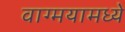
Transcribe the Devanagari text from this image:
वाग्मयामध्ये